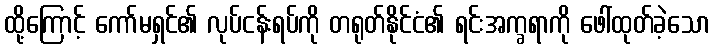
ထို့ကြောင့် ကော်မရှင်၏ လုပ်ငန်းရပ်ကို တရုတ်နိုင်ငံ၏ ရင်းအက္ခရာကို ဖေါ်ထုတ်ခဲ့သော